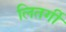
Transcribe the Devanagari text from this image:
लितर्गी